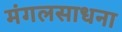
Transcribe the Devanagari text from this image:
मंगलसाधना